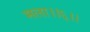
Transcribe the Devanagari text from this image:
मला।।६।।